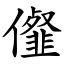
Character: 㒠